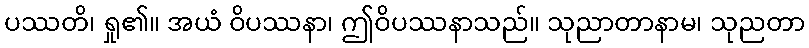
ပဿတိ၊ ရှု၏။ အယံ ဝိပဿနာ၊ ဤဝိပဿနာသည်။ သုညာတာနာမ၊ သုညတာ